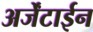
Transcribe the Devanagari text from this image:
अर्जेंटाईन